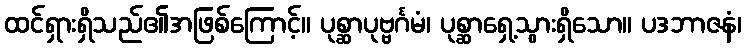
ထင်ရှားရှိသည်၏အဖြစ်ကြောင့်။ ပုစ္ဆာပုဗ္ဗင်္ဂမံ၊ ပုစ္ဆာရှေ့သွားရှိသော။ ပဒဘာဇနံ၊